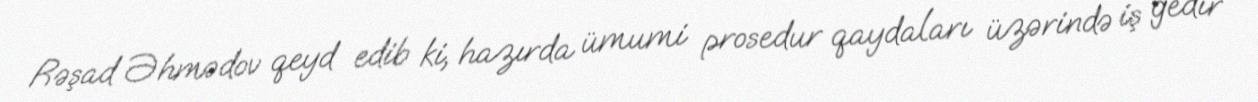
Rəşad Əhmədov qeyd edib ki, hazırda ümumi prosedur qaydaları üzərində iş gedir